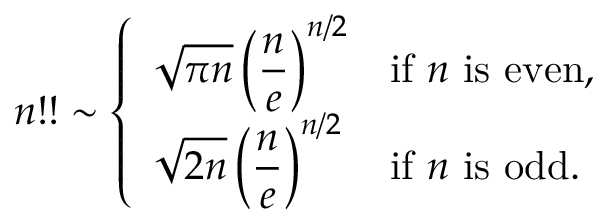
n ! ! \sim { \left\{ \begin{array} { l l } { \displaystyle { \sqrt { \pi n } } \left( { \frac { n } { e } } \right) ^ { n / 2 } } & { { \mathrm { i f ~ } } n { \mathrm { ~ i s ~ e v e n } } , } \\ { \displaystyle { \sqrt { 2 n } } \left( { \frac { n } { e } } \right) ^ { n / 2 } } & { { \mathrm { i f ~ } } n { \mathrm { ~ i s ~ o d d } } . } \end{array} \right. }